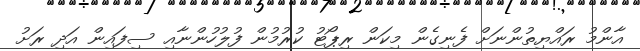
އާންމު ރައްޔިތުންނަށް ފެނިގެން މިކަން ރިޕޯޓު ކުރުމުން ފުލުހުންނާއި ސިފައިން އަދި ރަށު